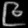
Digit: ၉